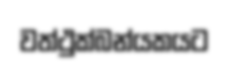
වත්ථුක්බන්යකයට